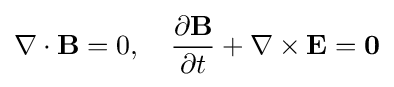
\nabla \cdot \mathbf {B} =0,\quad {\frac {\partial \mathbf {B} }{\partial t}}+\nabla \times \mathbf {E} =\mathbf {0}